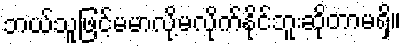
ဘယ်သူဖြင့်မမာလို့မလိုက်နိုင်ဘူးဆိုတာမရှိ။